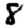
Digit: 8